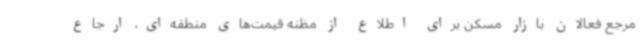
مرجع فعالان بازار مسکن برای اطلاع از مظنه قیمت‌های منطقه‌ای، ارجاع